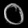
Digit: ၀